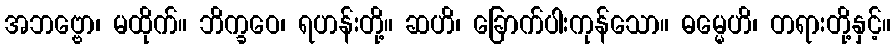
အဘဗ္ဗော၊ မထိုက်။ ဘိက္ခဝေ၊ ရဟန်းတို့။ ဆဟိ၊ ခြောက်ပါးကုန်သော။ ဓမ္မေဟိ၊ တရားတို့နှင့်။